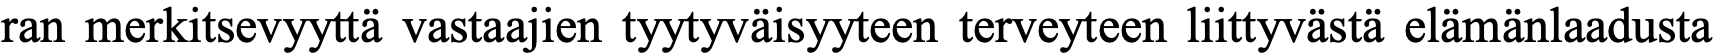
ran merkitsevyyttä vastaajien tyytyväisyyteen terveyteen liittyvästä elämänlaadusta